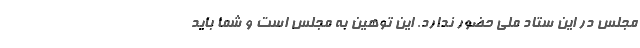
مجلس در این ستاد ملی حضور ندارد. این توهین به مجلس است و شما باید